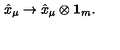
\hat { x } _ { \mu } \rightarrow \hat { x } _ { \mu } \otimes { \bf 1 } _ { m } .